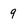
Character: 9